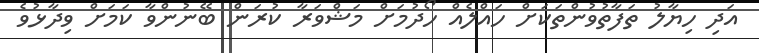
އަދި ހިޔާލު ތަފާތުވުންތަކަށް ހައްލެއް ހޯދުމަށް މަޝްވަރާ ކުރަން ބޭނުންވާ ކަމަށް ވިދާޅުވެ